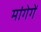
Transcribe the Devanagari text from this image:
मांगेगें